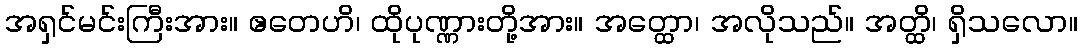
အရှင်မင်းကြီးအား။ ဧတေဟိ၊ ထိုပုဏ္ဏားတို့အား။ အတ္ထော၊ အလိုသည်။ အတ္ထိ၊ ရှိသလော။